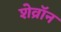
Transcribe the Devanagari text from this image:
शेव्रॉन